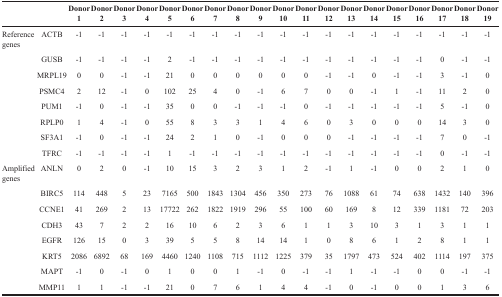
<table><thead><tr><td></td><td></td><td><b>Donor 1</b></td><td><b>Donor 2</b></td><td><b>Donor 3</b></td><td><b>Donor 4</b></td><td><b>Donor 5</b></td><td><b>Donor 6</b></td><td><b>Donor 7</b></td><td><b>Donor 8</b></td><td><b>Donor 9</b></td><td><b>Donor 10</b></td><td><b>Donor 11</b></td><td><b>Donor 12</b></td><td><b>Donor 13</b></td><td><b>Donor 14</b></td><td><b>Donor 15</b></td><td><b>Donor 16</b></td><td><b>Donor 17</b></td><td><b>Donor 18</b></td><td><b>Donor 19</b></td></tr></thead><tbody><tr><td>Reference genes</td><td>ACTB</td><td>−1</td><td>−1</td><td>−1</td><td>−1</td><td>−1</td><td>−1</td><td>−1</td><td>−1</td><td>−1</td><td>−1</td><td>−1</td><td>−1</td><td>−1</td><td>−1</td><td>−1</td><td>−1</td><td>−1</td><td>−1</td><td>−1</td></tr><tr><td></td><td>GUSB</td><td>−1</td><td>−1</td><td>−1</td><td>−1</td><td>2</td><td>−1</td><td>−1</td><td>−1</td><td>−1</td><td>−1</td><td>−1</td><td>−1</td><td>−1</td><td>−1</td><td>−1</td><td>−1</td><td>0</td><td>−1</td><td>−1</td></tr><tr><td></td><td>MRPL19</td><td>0</td><td>0</td><td>−1</td><td>−1</td><td>21</td><td>0</td><td>0</td><td>0</td><td>0</td><td>0</td><td>0</td><td>−1</td><td>−1</td><td>0</td><td>−1</td><td>−1</td><td>3</td><td>−1</td><td>0</td></tr><tr><td></td><td>PSMC4</td><td>2</td><td>12</td><td>−1</td><td>0</td><td>102</td><td>25</td><td>4</td><td>0</td><td>−1</td><td>6</td><td>7</td><td>0</td><td>0</td><td>−1</td><td>1</td><td>−1</td><td>11</td><td>2</td><td>0</td></tr><tr><td></td><td>PUM1</td><td>−1</td><td>0</td><td>−1</td><td>−1</td><td>35</td><td>0</td><td>0</td><td>−1</td><td>−1</td><td>−1</td><td>0</td><td>−1</td><td>−1</td><td>−1</td><td>−1</td><td>−1</td><td>5</td><td>−1</td><td>0</td></tr><tr><td></td><td>RPLP0</td><td>1</td><td>4</td><td>−1</td><td>0</td><td>55</td><td>8</td><td>3</td><td>3</td><td>1</td><td>4</td><td>6</td><td>0</td><td>3</td><td>0</td><td>0</td><td>0</td><td>14</td><td>3</td><td>0</td></tr><tr><td></td><td>SF3A1</td><td>−1</td><td>0</td><td>−1</td><td>−1</td><td>24</td><td>2</td><td>1</td><td>0</td><td>−1</td><td>0</td><td>0</td><td>0</td><td>−1</td><td>−1</td><td>−1</td><td>−1</td><td>7</td><td>0</td><td>−1</td></tr><tr><td></td><td>TFRC</td><td>−1</td><td>−1</td><td>−1</td><td>−1</td><td>1</td><td>−1</td><td>−1</td><td>−1</td><td>−1</td><td>−1</td><td>−1</td><td>−1</td><td>−1</td><td>−1</td><td>−1</td><td>−1</td><td>0</td><td>−1</td><td>−1</td></tr><tr><td>Amplified genes</td><td>ANLN</td><td>0</td><td>2</td><td>0</td><td>−1</td><td>10</td><td>15</td><td>3</td><td>2</td><td>3</td><td>1</td><td>2</td><td>−1</td><td>1</td><td>−1</td><td>0</td><td>0</td><td>2</td><td>1</td><td>0</td></tr><tr><td></td><td>BIRC5</td><td>114</td><td>448</td><td>5</td><td>23</td><td>7165</td><td>500</td><td>1843</td><td>1304</td><td>456</td><td>350</td><td>273</td><td>76</td><td>1088</td><td>61</td><td>74</td><td>638</td><td>1432</td><td>140</td><td>396</td></tr><tr><td></td><td>CCNE1</td><td>41</td><td>269</td><td>2</td><td>13</td><td>17722</td><td>262</td><td>1822</td><td>1919</td><td>296</td><td>55</td><td>100</td><td>60</td><td>169</td><td>8</td><td>12</td><td>339</td><td>1181</td><td>72</td><td>203</td></tr><tr><td></td><td>CDH3</td><td>43</td><td>7</td><td>2</td><td>2</td><td>16</td><td>10</td><td>6</td><td>2</td><td>3</td><td>6</td><td>1</td><td>1</td><td>3</td><td>10</td><td>3</td><td>1</td><td>3</td><td>1</td><td>1</td></tr><tr><td></td><td>EGFR</td><td>126</td><td>15</td><td>0</td><td>3</td><td>39</td><td>5</td><td>5</td><td>8</td><td>14</td><td>14</td><td>1</td><td>0</td><td>8</td><td>6</td><td>1</td><td>2</td><td>8</td><td>1</td><td>1</td></tr><tr><td></td><td>KRT5</td><td>2086</td><td>6892</td><td>68</td><td>169</td><td>4460</td><td>1240</td><td>1108</td><td>715</td><td>1112</td><td>1225</td><td>379</td><td>35</td><td>1797</td><td>473</td><td>524</td><td>402</td><td>1114</td><td>197</td><td>375</td></tr><tr><td></td><td>MAPT</td><td>−1</td><td>0</td><td>−1</td><td>0</td><td>1</td><td>0</td><td>0</td><td>1</td><td>−1</td><td>0</td><td>−1</td><td>−1</td><td>1</td><td>−1</td><td>−1</td><td>0</td><td>0</td><td>−1</td><td>−1</td></tr><tr><td></td><td>MMP11</td><td>1</td><td>1</td><td>−1</td><td>−1</td><td>21</td><td>0</td><td>7</td><td>6</td><td>1</td><td>4</td><td>4</td><td>−1</td><td>0</td><td>−1</td><td>0</td><td>0</td><td>1</td><td>3</td><td>6</td></tr></tbody></table>